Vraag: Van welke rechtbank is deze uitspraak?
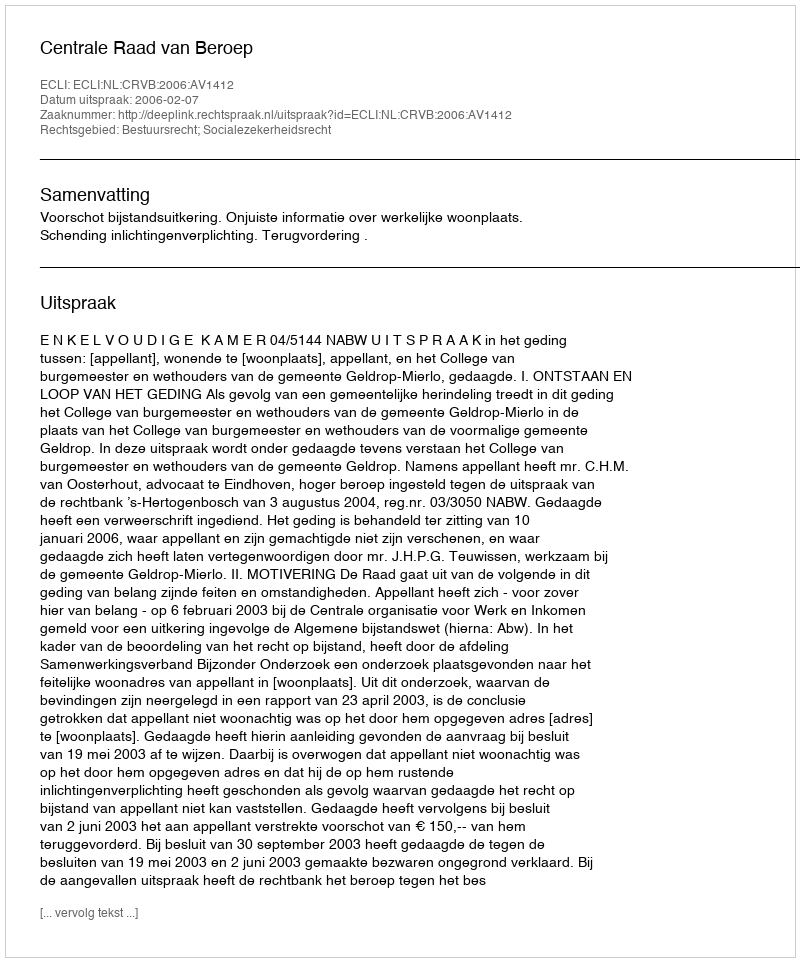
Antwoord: Centrale Raad van Beroep